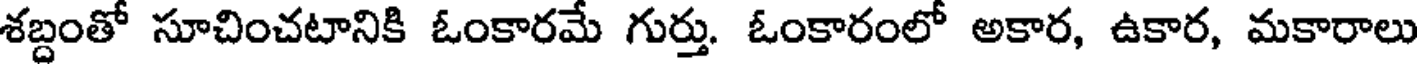
శబ్దంతో సూచించటానికి ఓంకారమే గుర్తు. ఓంకారంలో అకార, ఉకార, మకారాలు